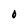
Character: 0